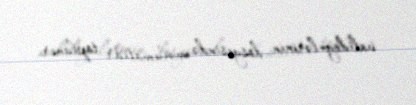
valideynlərinin dosyesində məlumatlar toplanır.